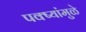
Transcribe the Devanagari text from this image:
पक्ष्यांमुळे